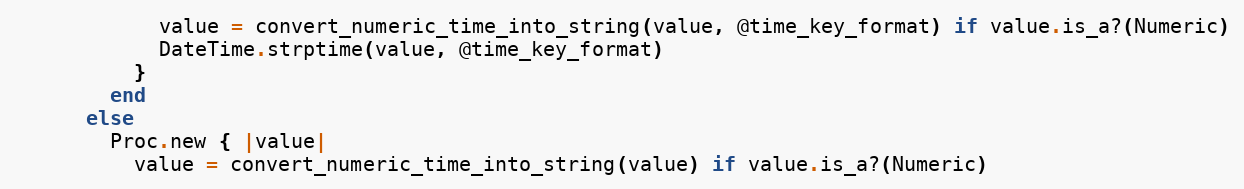
Language: Ruby
            value = convert_numeric_time_into_string(value, @time_key_format) if value.is_a?(Numeric)
            DateTime.strptime(value, @time_key_format)
          }
        end
      else
        Proc.new { |value|
          value = convert_numeric_time_into_string(value) if value.is_a?(Numeric)